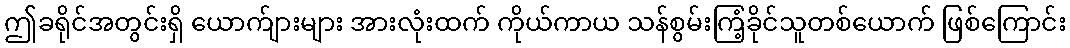
ဤခရိုင်အတွင်းရှိ ယောက်ျားများ အားလုံးထက် ကိုယ်ကာယ သန်စွမ်းကြံ့ခိုင်သူတစ်ယောက် ဖြစ်ကြောင်း